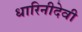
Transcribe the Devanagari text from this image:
धारिनीदेवी